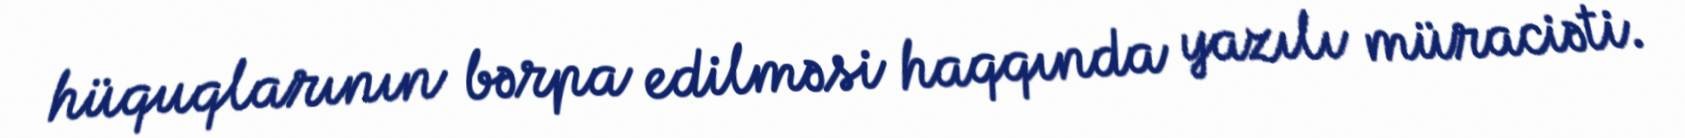
hüquqlarının bərpa edilməsi haqqında yazılı müraciəti.